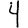
Digit: 4